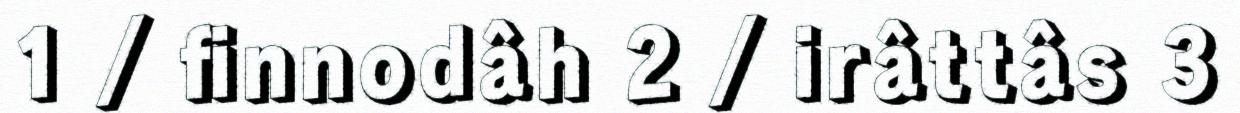
1 / finnodâh 2 / irâttâs 3